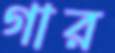
গার